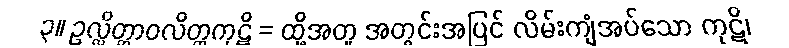
၃။ ဥလ္လိတ္တာဝလိတ္တကုဋိ = ထို့အတူ အတွင်းအပြင် လိမ်းကျံအပ်သော ကုဋိ၊